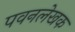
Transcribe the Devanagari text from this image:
पवनलेखक